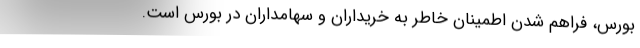
بورس، فراهم شدن اطمینان خاطر به خریداران و سهامداران در بورس است.